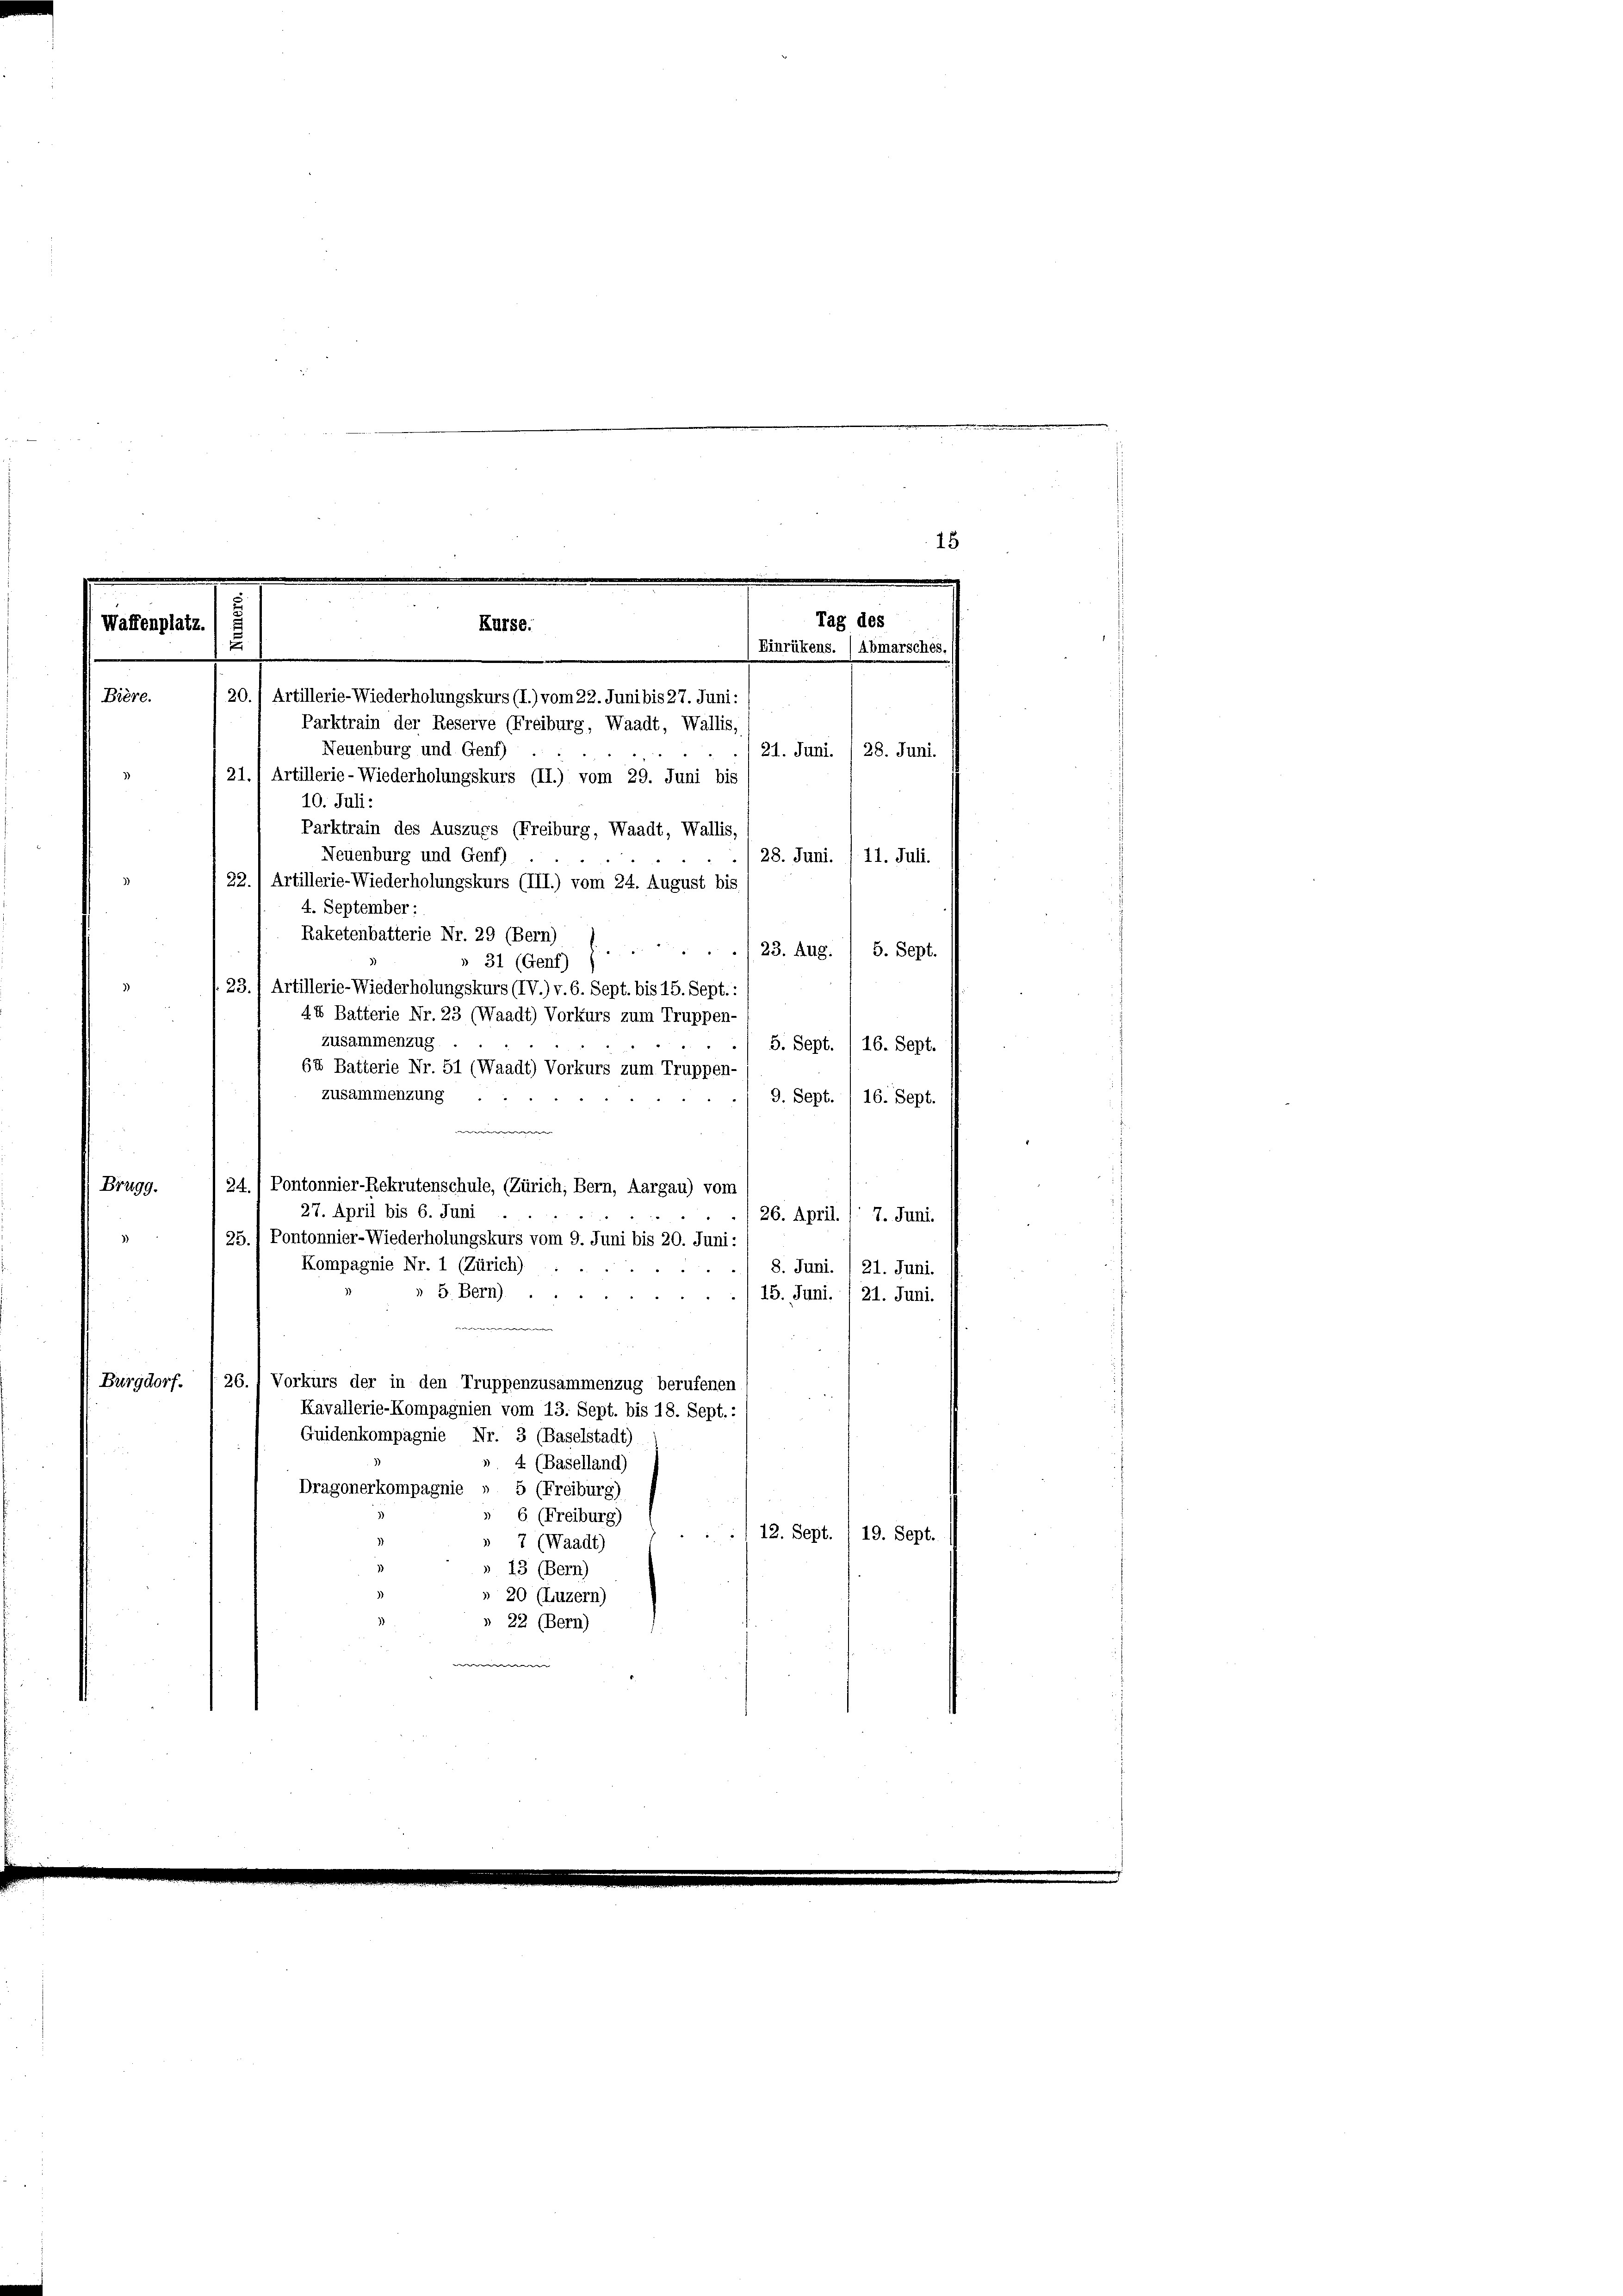
Parktrain der Reserve (Freiburg, Waadt, Wallis.
Neuenburg und Genf)
21. Juni. / 28. Juni.
21.) Artillerie-Wiederholungskurs (II.) vom 29. Juni bis
10. Juli:
Parktrain des Auszugs (Freiburg, Waadt, Wallis,
Neuenburg und Genf)
28. Juni. / 11. Juli.
22.) Artillerie-Wiederholungskurs (III.) vom 24. August bis
4. September:
Raketenbatterie Nr. 29 (Bern)
23. Aug. / 5. Sept.
31 (Genf)
3)
: 23
Artillerie-Wiederholungskurs (IV.) v. 6. Sept. bis 15. Sept. :
4.4 Batterie Nr. 23 (Waadt) Vorkurs zum Truppen-
zusammenzug
5. Sept. 16. Sept.
64 Batterie Nr. 51 (Waadt) Vorkurs zum Truppen-
zusammenzung
9. Sept. / 16. Sept.
e
Brugg.
24. / Pontonnier-Rekrutenschule, (Zürich, Bern, Aargau) vom
27. April bis 6. Juni
26. April. / 7. Juni.
25.) Pontonnier-Wiederholungskurs vom 9. Juni bis 20. Juni:
Kompagnie Nr. 1 (Zürich).
8. Juni. / 21. Juni.
5. Bern).
15. Juni./21. Juni.
e
(Burgdorf. 26. 1 Vorkurs der in den Truppenzusammenzug berufenen
Kavallerie-Kompagnien vom 13. Sept. bis 18. Sept.
Guidenkompagnie Nr. 3 (Baselstadt)
» 4 (Baselland)
Dragonerkompagnie » 5 (Freiburg)
6 (Freiburg)
112. Sept. / 19. Sept.
 7 (Waadt)
» 13 (Bern)
» 20 (Luzern)
» 22 (Bern)
e

15
.
.
e
7
Tag des
Kurse:
Waffenplatz
Einrükens. (Abmarsches.
Bière. 120.) Artillerie-Wiederholungskurs (I.) vom 22. Juni bis 27. Juni: